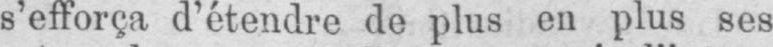
s’efforça d’étendre de plus en plus ses